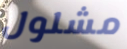
مشلول